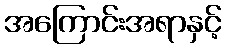
အကြောင်းအရာနှင့်